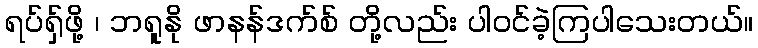
ရပ်ရှ်ဖို့ ၊ ဘရူနို ဖာနန်ဒက်စ် တို့လည်း ပါဝင်ခဲ့ကြပါသေးတယ်။